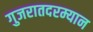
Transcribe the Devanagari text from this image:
गुजरातदरम्यान